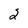
Character: 2